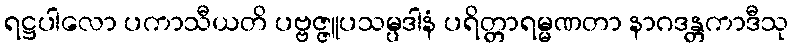
ရဋ္ဌပါလော ပကာသီယတိ ပဗ္ဗဇ္ဇူပသမ္ပဒါနံ ပရိတ္တာရမ္မဏတာ နာဂဒန္တကာဒီသု